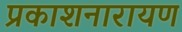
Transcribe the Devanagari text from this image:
प्रकाशनारायण